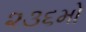
૨૩૬મો